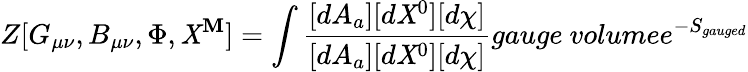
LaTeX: Z[G_{\mu\nu},B_{\mu\nu},\Phi,\mathit{X}^{\mathbf{M}}]=\int\frac{{[dA_{a}][d\mathit{X}^{0}][d\chi]}}{{[dA_{a}][d\mathit{X}^{0}][d\chi]}}{gauge\ volume}e^{-S_{gauged}}